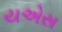
યએસ